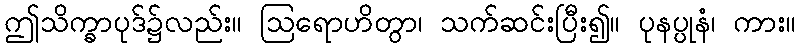
ဤသိက္ခာပုဒ်၌လည်း။ ဩရောဟိတွာ၊ သက်ဆင်းပြီး၍။ ပုနပ္ပုနံ၊ ကား။